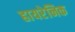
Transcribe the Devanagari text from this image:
हायरेनिक